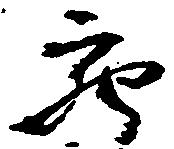
充